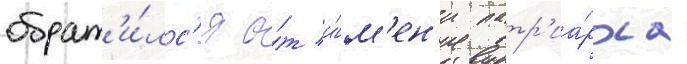
обрат'и́лс'я о́т и́м'ен'и патр'иа́рха